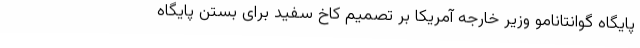
پایگاه گوانتانامو وزیر خارجه آمریکا بر تصمیم کاخ سفید برای بستن پایگاه